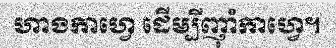
ហាងកាហ្វេ ដើម្បីញ៉ាំកាហ្វេ។